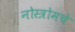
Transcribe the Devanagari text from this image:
नोस्त्रोमचे